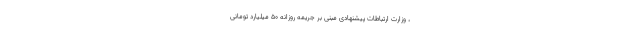
، وزارت ارتباطات پیشنهادی مبنی بر جریمه روزانه ۵۰ میلیارد تومانی